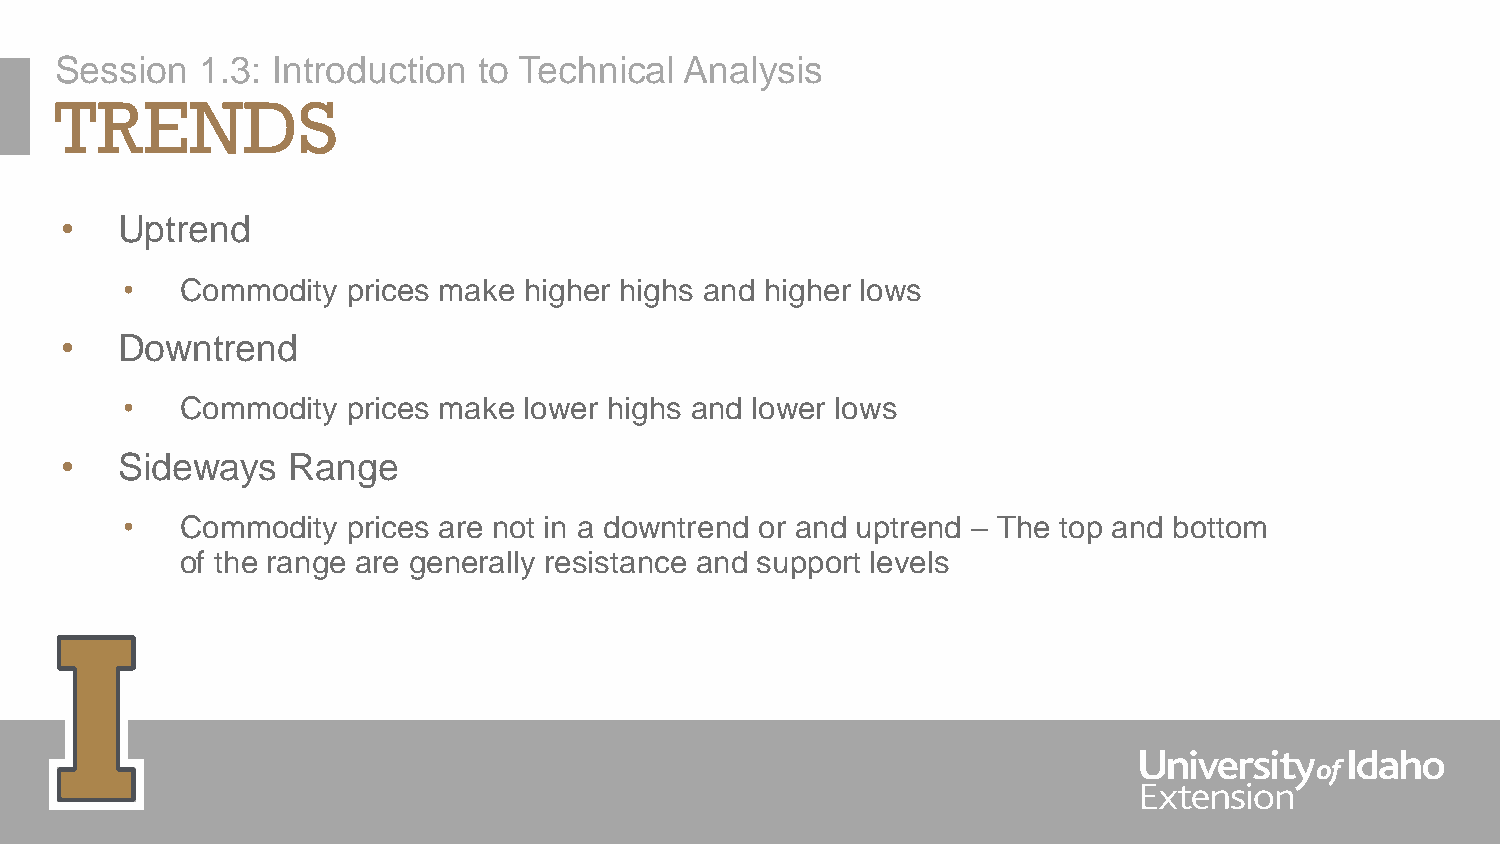
Session  1.3: Introduction  to Technical Analysis
 TRENDS
 •   Uptrend
 •   Commodity  prices make higher highs and higher lows
 •   Downtrend
 •   Commodity  prices make lower highs and lower lows
 •   Sideways   Range
 •   Commodity  prices are not in a downtrend or and uptrend – The top and bottom
 of the range are generally resistance and support levels